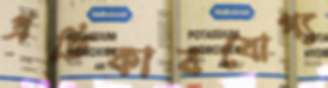
প্রতিকারযোগ্য